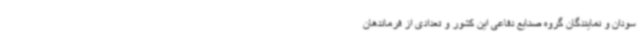
سودان و نمایندگان گروه صنایع دفاعی این کشور و تعدادی از فرماندهان